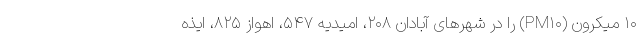
۱۰ میکرون (PM۱۰) را در شهرهای آبادان ۲۰۸، امیدیه ۵۴۷، اهواز ۸۲۵، ایذه